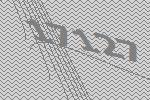
17127